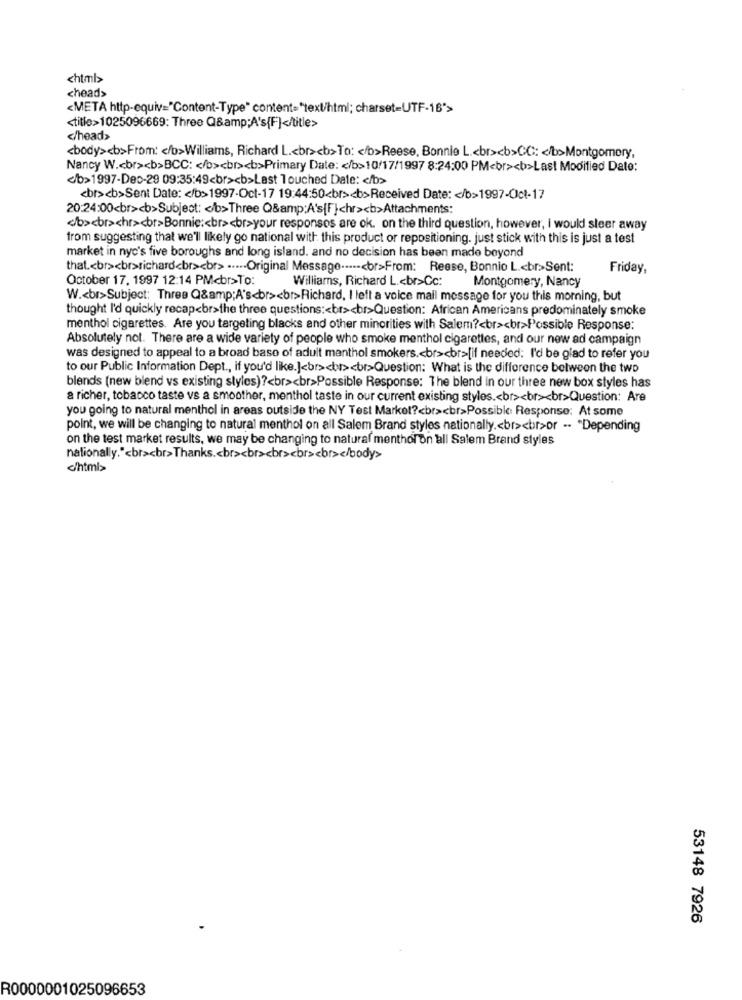
<html>
<head>
<META http-equiv="Content-Type" content= "text/html; charset=UTF-16">
<title>1025096669: Three Q&amp;A's{F]</title>
</head>
<body><b>From: < /b>Williams, Richard L .< br><b>To: < /b>Reese, Bonnie L .< br><b>CC: < /b>Montgomery,
Nancy W .< br><b>BCC: < /b><br><b>Primary Date: < /b>10/17/1997 8:24:00 PM<br><b>Last Modified Date:
<b>1997-Dec-29 09:35:49<br><b>Last Touched Date: < /b>
<br><b>Sent Date: < /b> 1997-Oct-17 19:44:50<br><b>Received Date: < /b>1997-Oct-17
20:24:00<br><b>Subject: < /b>Three Q&amp;A's{F}chr><b>Attachments:
</b><br>chr><br>Bonnie :< br><br>your responses are ok. on the third question, however, I would sleer away
from suggesting that we'll likely go national with this product or repositioning. just stick with this is just a test
market in nyc's five boroughs and long island. and no decision has been made beyond
that .< br><br>richard<br><br> ..... Original Message ...--< br>From: Reese, Bonnio L .< br>Sent:
Friday,
October 17. 1997 12:14 PMcbr>To:
Williams, Richard L .< br>Cc:
Montgomery, Nancy
W .< br>Subject: Three Q&amp;A's<br><br>Richard, I left a voice mail message for you this morning, but
thought I'd quickly recap<br>the three questions :< br><br>Question: African Americans predominately smoke
menthol cigarettes. Are you targeting blacks and other minorities with Salem ?< br><br>Possible Response:
Absolutely not. There are a wide variety of people who smoke menthol cigarettes, and our new ad campaign
was designed to appeal to a broad base of adult menthol smokers .< br><br>[if needed: I'd be glad to refer you
to our Public Information Dept ., if you'd like.]<br><br><br>Question: What is the difference between the two
blends (new blend vs existing styles) ?< br><br>Possible Response: The blend in our three new box styles has
a richer, tobacco taste vs a smoother, menthol taste in our current existing styles .< br><br><br>Question: Are
you going to natural menthol in areas outside the NY Test Markol ?< br><br>Possible Response: At some
point, we will be changing to natural menthol on all Salem Brand styles nationally .< br><br>or -. "Depending
on the test market results, we may be changing to natural menthol on ball Salem Brand styles
nationally."<br><br>Thanks .< br><br><br><br><br></body>
c/html>
53148 7926
R0000001025096653